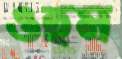
ওহম